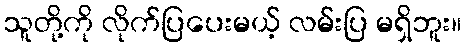
သူတို့ကို လိုက်ပြပေးမယ့် လမ်းပြ မရှိဘူး။